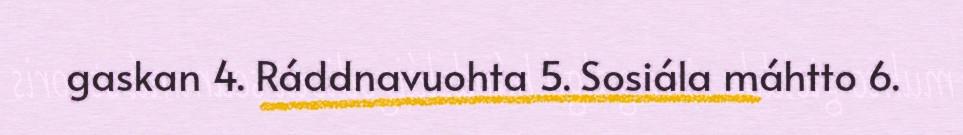
gaskan 4. Ráddnavuohta 5. Sosiála máhtto 6.